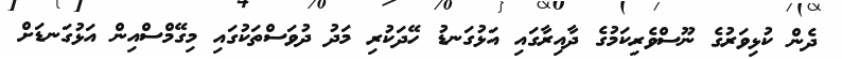
ދެން ކުޅިވަރުގެ ނޫސްވެރިކަމުގެ ދާއިރާގައި އަޅުގަނޑު ހޭދަކުރި މަދު ދުވަސްތަކުގައި މިގޭމްސްއިން އަޅުގަނޑަށް